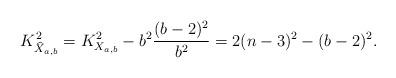
LaTeX: \begin{align*}K_{\widehat{X}_{a,b}}^2=K_{X_{a,b}}^2-b^2\frac{(b-2)^2}{b^2}=2(n-3)^2-(b-2)^2.\end{align*}